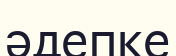
әдепке